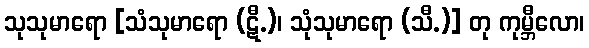
သုသုမာရော [သံသုမာရော (ဋီ.)၊ သုံသုမာရော (သီ.)] တု ကုမ္ဘီလော၊